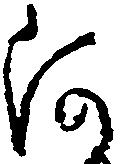
河